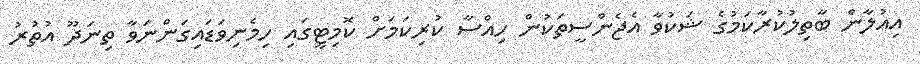
އިއުލާން ބާތިލުކުރާކަމުގެ ޝަކުވާ އެޖެންސީތަކުން ހިއްސާ ކުރިކަމަށް ކޮމިޓީގައި ހިމެނިވަޑައިގަންނަވާ ތިނަދޫ އުތުރު